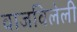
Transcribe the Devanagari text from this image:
वाजविलेली